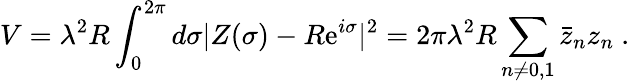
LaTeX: V=\lambda^{2}R\int_{0}^{2\pi}d\sigma|Z(\sigma)-R\mathrm{e}^{i\sigma}|^{2}=2\pi\lambda^{2}R\sum_{n\neq 0,1}\bar{z}_{n}z_{n}\ .